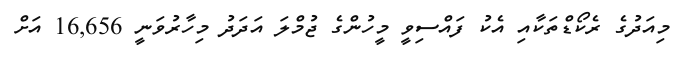
މިއަދުގެ ރެކޯޑްތަކާއި އެކު ފައްސިވީ މީހުންގެ ޖުމްލަ އަދަދު މިހާރުވަނީ 16